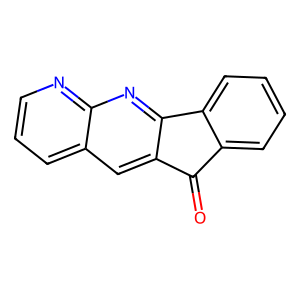
SMILES: O=C1c2ccccc2-c2nc3ncccc3cc21
Inhibits HIV replication: No